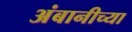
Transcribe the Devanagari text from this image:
अंबानीच्या